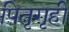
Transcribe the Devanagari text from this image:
पितृगृही